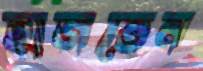
হাজতেন